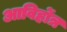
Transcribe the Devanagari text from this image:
आविर्होत्र